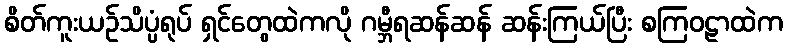
စိတ်ကူးယဉ်သိပ္ပံရုပ် ရှင်တွေထဲကလို ဂမ္ဘီရဆန်ဆန် ဆန်းကြယ်ပြီး စကြဝဠာထဲက